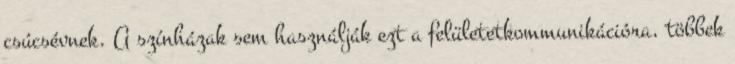
csúcsévnek. A színházak sem használják ezt a felületetkommunikációra, többek